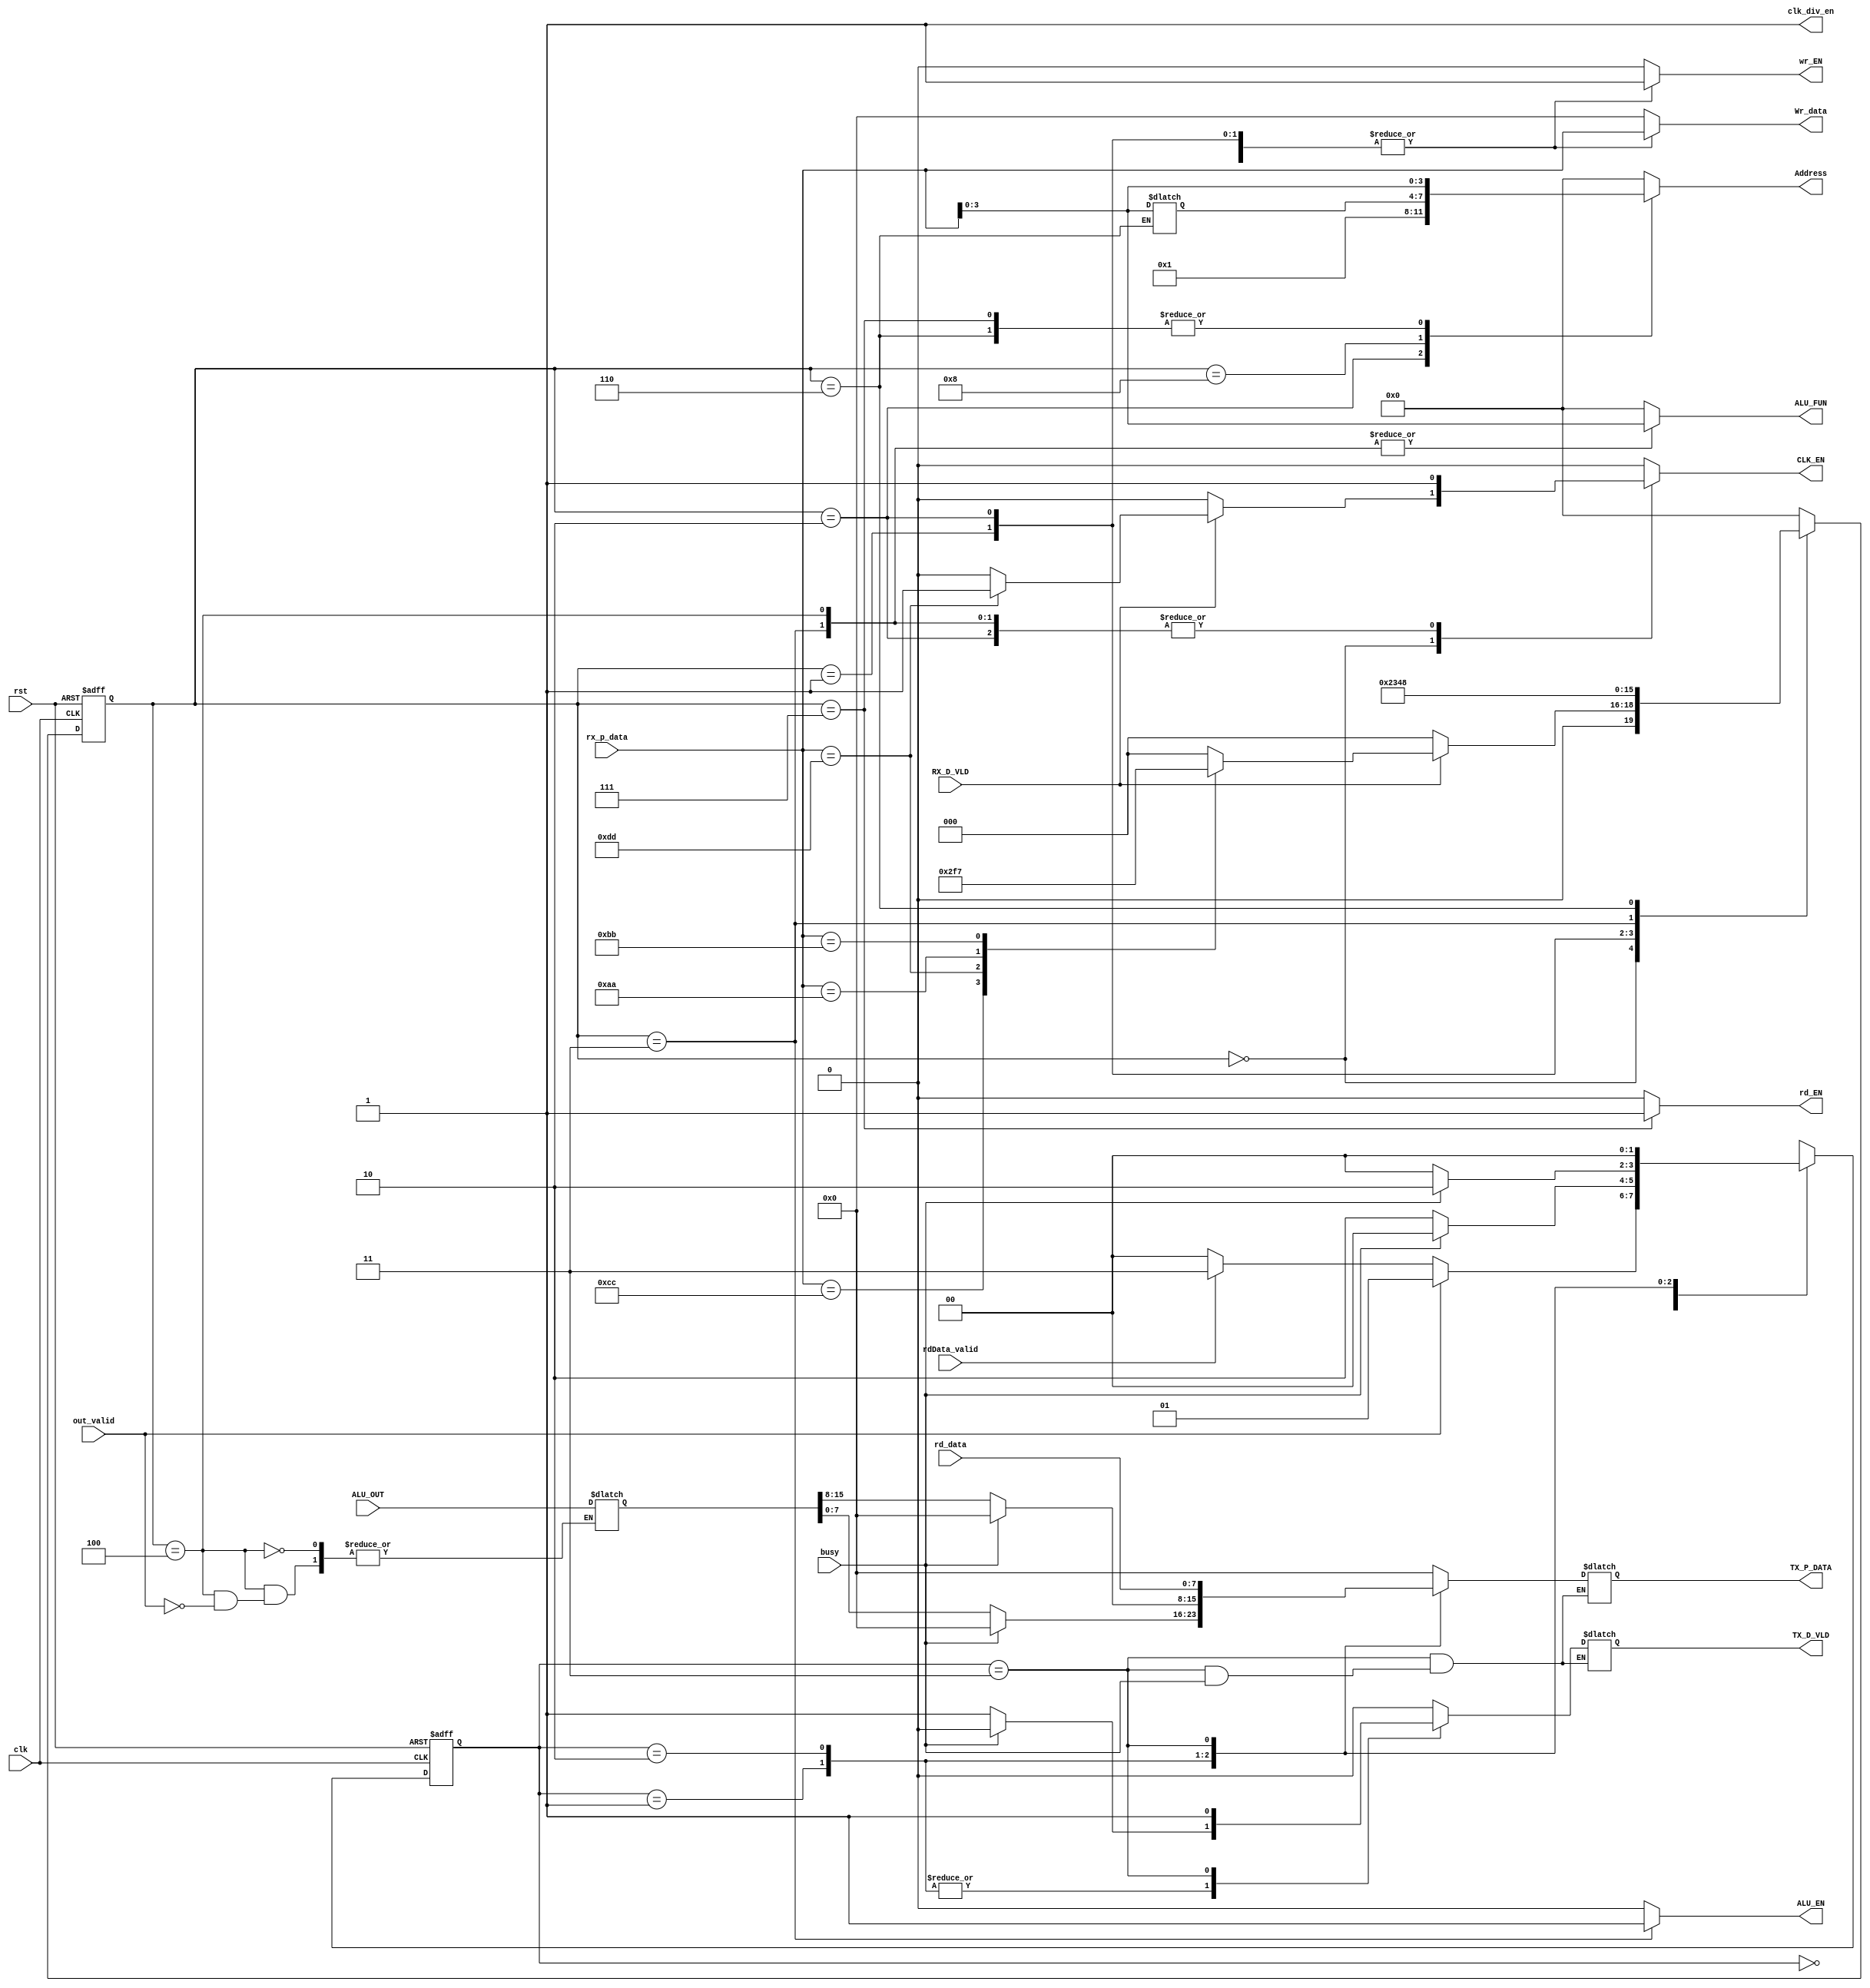
module sys_ctrl #(parameter rd=8,parameter ALU=8,parameter UART_size=8)(
    
    input wire                  clk,
    input wire                  rst,

    input wire [16-1:0]         ALU_OUT,
    input wire                  out_valid,
    input wire [rd-1:0]         rd_data,
    input wire                  rdData_valid,    
    input wire [UART_size-1:0]  rx_p_data,
    input wire                  RX_D_VLD,
    input wire                  busy,

    output reg                  CLK_EN,//clk_gate en
    output reg                  ALU_EN,
    output reg [3:0]            ALU_FUN,
    output reg [3:0]            Address,
    output reg                  wr_EN,
    output reg                  rd_EN,
    output reg [rd-1:0]         Wr_data,
    output reg [UART_size-1:0]  TX_P_DATA,   
    output reg                  TX_D_VLD,   
    output reg                  clk_div_en

);
    
localparam IDLE_RX         =  4'b00,
           //ALU_strt     =  4'b0001,
           operator_A   =  4'b0001,
           operator_B   =  4'b0010,
           ALU_Fn       =  4'b0011,
           ALu_valid    =  4'b0100,
           REG_strt     =  4'b0101,
           REG_wr_add   =  4'b0110,
           REG_rd_add   =  4'b0111,
           REG_wr_data  =  4'b1000,
           reg_valid   =  4'b1001;


//RX
reg [3:0] state_RX;
reg [3:0] next_state_RX;
reg [UART_size:0] data_RX; //used in comapre bet A & B operan
reg [15:0] ALU_OP;


always @(posedge clk or negedge rst)
    begin
        if (!rst)
            begin 
                state_RX<=IDLE_RX;
            end      
        else
            state_RX<=next_state_RX;
    end


always @(*) 
    begin
        case (state_RX)
            IDLE_RX:
                begin
                    CLK_EN=0;//clk_gate en
                    ALU_EN=0;
                    ALU_FUN=0;
                    Address=0;
                    wr_EN=0;
                    rd_EN=0;
                    Wr_data=0;
                    
                    
                    clk_div_en=1;
                    if (RX_D_VLD) 
                        begin
                            case (rx_p_data)
                                'hCC:
                                    next_state_RX=operator_A;
                                'hDD:
                                    begin
                                        CLK_EN='b1;
                                        next_state_RX=ALU_Fn;
                                    end
                                'hAA:
                                    next_state_RX=REG_wr_add;
                                'hBB:
                                    next_state_RX=REG_rd_add;    
                                default:
                                    next_state_RX=IDLE_RX; 
                            endcase
                        end
                    else
                        next_state_RX=IDLE_RX;
                end
            operator_A:
                begin
                    CLK_EN=0;//clk_gate en
                    ALU_EN=0;
                    ALU_FUN=0;
                    Address=0;
                    wr_EN=1;
                    rd_EN=0;
                    Wr_data=rx_p_data;
                    
                    
                    clk_div_en=1;
                    next_state_RX=operator_B;

                        /*if (rx_p_data==8'hCC) 
                            next_state_RX=operator_A;
                        else
                            begin
                                wr_EN=1;
                                Address='b0;
                                Wr_data=rx_p_data;
                                next_state_RX=operator_B;
                                data_RX=rx_p_data;
                            end*/
                end

            operator_B:
                begin
                    CLK_EN=1;//clk_gate en
                    ALU_EN=0;
                    ALU_FUN=0;
                    Address='b01;
                    wr_EN=1;
                    rd_EN=0;
                    Wr_data=rx_p_data;
                    
                    
                    clk_div_en=1;
                    next_state_RX=ALU_Fn;
                       /*if (rx_p_data==data_RX) 
                            next_state_RX=operator_B;
                        else
                            begin
                                wr_EN=1;
                                //Address='b01;
                                Wr_data=rx_p_data;
                                next_state_RX=ALU_Fn;
                                data_RX=rx_p_data;
                            end*/
                end
            ALU_Fn:
                begin
                    CLK_EN=1;//clk_gate en
                    ALU_FUN=rx_p_data[3:0];
                    ALU_EN=1;
                    Address=0;
                    wr_EN=0;
                    rd_EN=0;
                    Wr_data=0;
                    
                    
                    clk_div_en=1;
                    next_state_RX=ALu_valid;
                    
                   /*if (rx_p_data==data_RX) 
                            next_state_RX=ALU_Fn;
                        else
                            begin
                               ALU_FUN=rx_p_data[3:0];
                               ALU_EN=1;
                               next_state_RX=ALu_valid;
                                //data_RX=rx_p_data;
                            end*/
                end

            ALu_valid:
                begin
                    CLK_EN=1;//clk_gate en
                    ALU_FUN=rx_p_data[3:0];
                    ALU_EN=0;
                    Address=0;
                    wr_EN=0;
                    rd_EN=0;
                    Wr_data=0;
                    
                    
                    clk_div_en=1;
                    if (out_valid) 
                        begin
                            ALU_OP=ALU_OUT;
                            next_state_RX=IDLE_RX;
                        end
                    else
                        next_state_RX=IDLE_RX;
                end

            REG_wr_add:
                begin
                    CLK_EN=0;//clk_gate en
                    ALU_EN=0;
                    ALU_FUN=0;
                    Address=rx_p_data;
                    wr_EN=0;
                    rd_EN=0;
                    Wr_data=0;
                    clk_div_en=1;
                    data_RX=rx_p_data;
                    next_state_RX=REG_wr_data; 
                end
            REG_wr_data :   
                begin
                    CLK_EN=0;//clk_gate en
                    ALU_EN=0;
                    ALU_FUN=0;
                    Address=data_RX;
                    wr_EN=1;
                    rd_EN=0;
                    Wr_data=rx_p_data;
                    clk_div_en=1;
                    next_state_RX=IDLE_RX; 
                end
            REG_rd_add :            
                begin
                    CLK_EN=0;//clk_gate en
                    ALU_FUN=0;
                    ALU_EN=0;
                    Address=rx_p_data;
                    wr_EN=0;
                    rd_EN=1;
                    Wr_data=0;
                 
                    clk_div_en=1;
                    next_state_RX=IDLE_RX; 
                end
            default:
                begin
                    CLK_EN=0;//clk_gate en
                    ALU_EN=0;
                    ALU_FUN=0;
                    Address=0;
                    wr_EN=0;
                    rd_EN=0;
                    Wr_data=0;
                    
                    
                    clk_div_en=1;
                    next_state_RX=IDLE_RX;
                end
        endcase        
    end


//TX

localparam IDLE_TX =  2'b00,
           ALU_F1  =  2'b01,
           ALU_F2  =  2'b10,
           Rgf_F   =  2'b11;

reg [1:0] state_TX;
reg [1:0] next_state_TX;

always @(posedge clk or negedge rst) 
    begin
        if (!rst) 
            begin
                state_TX<=IDLE_TX;        
            end
        else
            state_TX<=next_state_TX;
    end

always @(*) 
    begin
        case (state_TX)
            IDLE_TX:
                begin
                    TX_D_VLD=0;
                    TX_P_DATA=0;
                    if (out_valid) 
                        next_state_TX=ALU_F1;
                    else if(rdData_valid)
                        next_state_TX=Rgf_F;
                    else
                        next_state_TX=IDLE_TX;
                end
            ALU_F1:
                begin
                    TX_D_VLD=0;
                    TX_P_DATA=0;
                    if(busy)
                        next_state_TX=IDLE_TX;
                    else
                        begin
                            TX_D_VLD=1;
                            TX_P_DATA=ALU_OP[7:0];
                            next_state_TX=ALU_F2;
                        end

                end
            ALU_F2:
                begin
                    TX_D_VLD=0;
                    TX_P_DATA=0;
                    if(busy)
                        next_state_TX=ALU_F2;
                    else
                        begin
                            TX_D_VLD=1;
                            TX_P_DATA=ALU_OP[15:8];
                            next_state_TX=IDLE_TX;
                        end
                end

            Rgf_F:
                begin
                    if(busy)
                        next_state_TX=IDLE_TX;
                    else
                        begin
                            TX_D_VLD=1;
                            TX_P_DATA=rd_data;
                            next_state_TX=IDLE_TX;
                        end
                end
            


            default: 
                begin
                    TX_D_VLD=0;
                    TX_P_DATA=0;
                    next_state_TX=IDLE_TX;        
                end
        endcase        
    end
           






endmodule